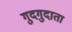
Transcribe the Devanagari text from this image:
गुदगुदाता